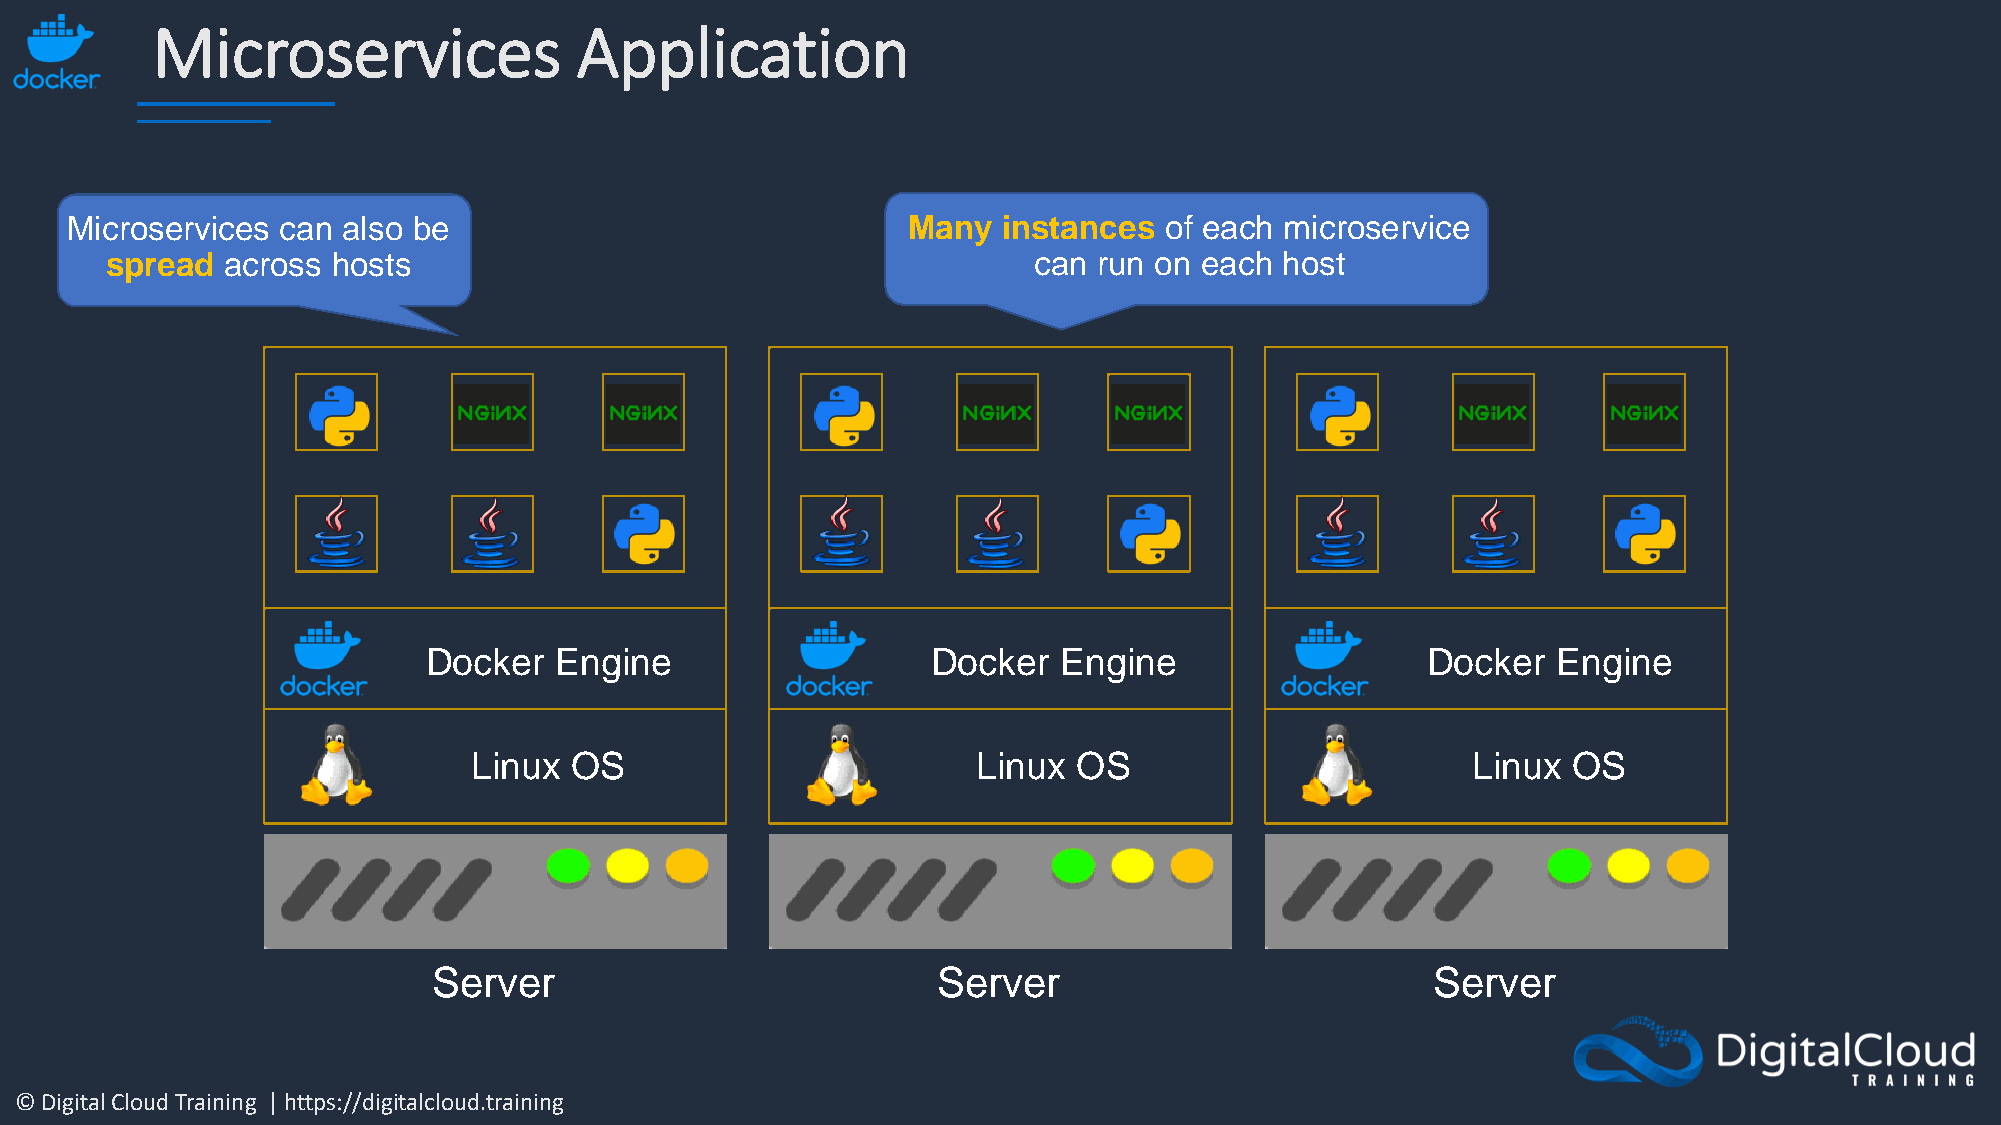
Microservices               Application
 Microservices  can also be                              Many  instances  of each microservice
 spread  across hosts                                         can  run on each host
 Docker   Engine                   Docker  Engine                  Docker   Engine
 Linux  OS                         Linux OS                        Linux  OS
 Server                           Server                           Server
 © Digital Cloud Training | https://digitalcloud.training